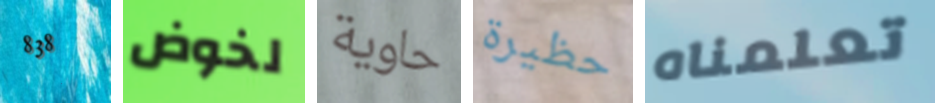
838 لخوض حاوية حظيرة تعلمناه